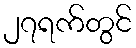
၂၇ရက်တွင်